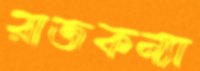
রাজকন্যা